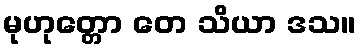
မုဟုတ္တော တေ သိယာ ဒသ။